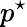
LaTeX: p^{\star}